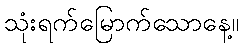
သုံးရက်မြောက်သောနေ့။